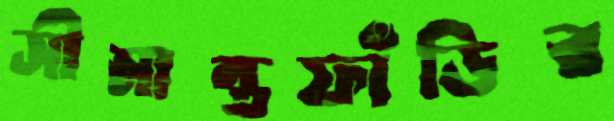
সীমান্তফাঁড়ির